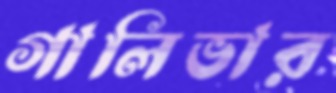
গালিভার